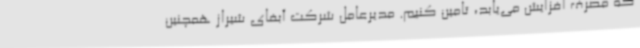
که مصرف افزایش می‌یابد، تامین کنیم. مدیرعامل شرکت آبفای شیراز همچنین